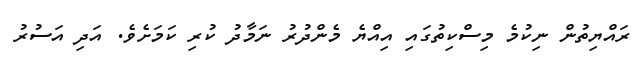
ރައްޔިތުން ނިކުމެ މިސްކިތުގައި އިއްޔެ މެންދުރު ނަމާދު ކުރި ކަމަށެވެ. އަދި އަސުރު